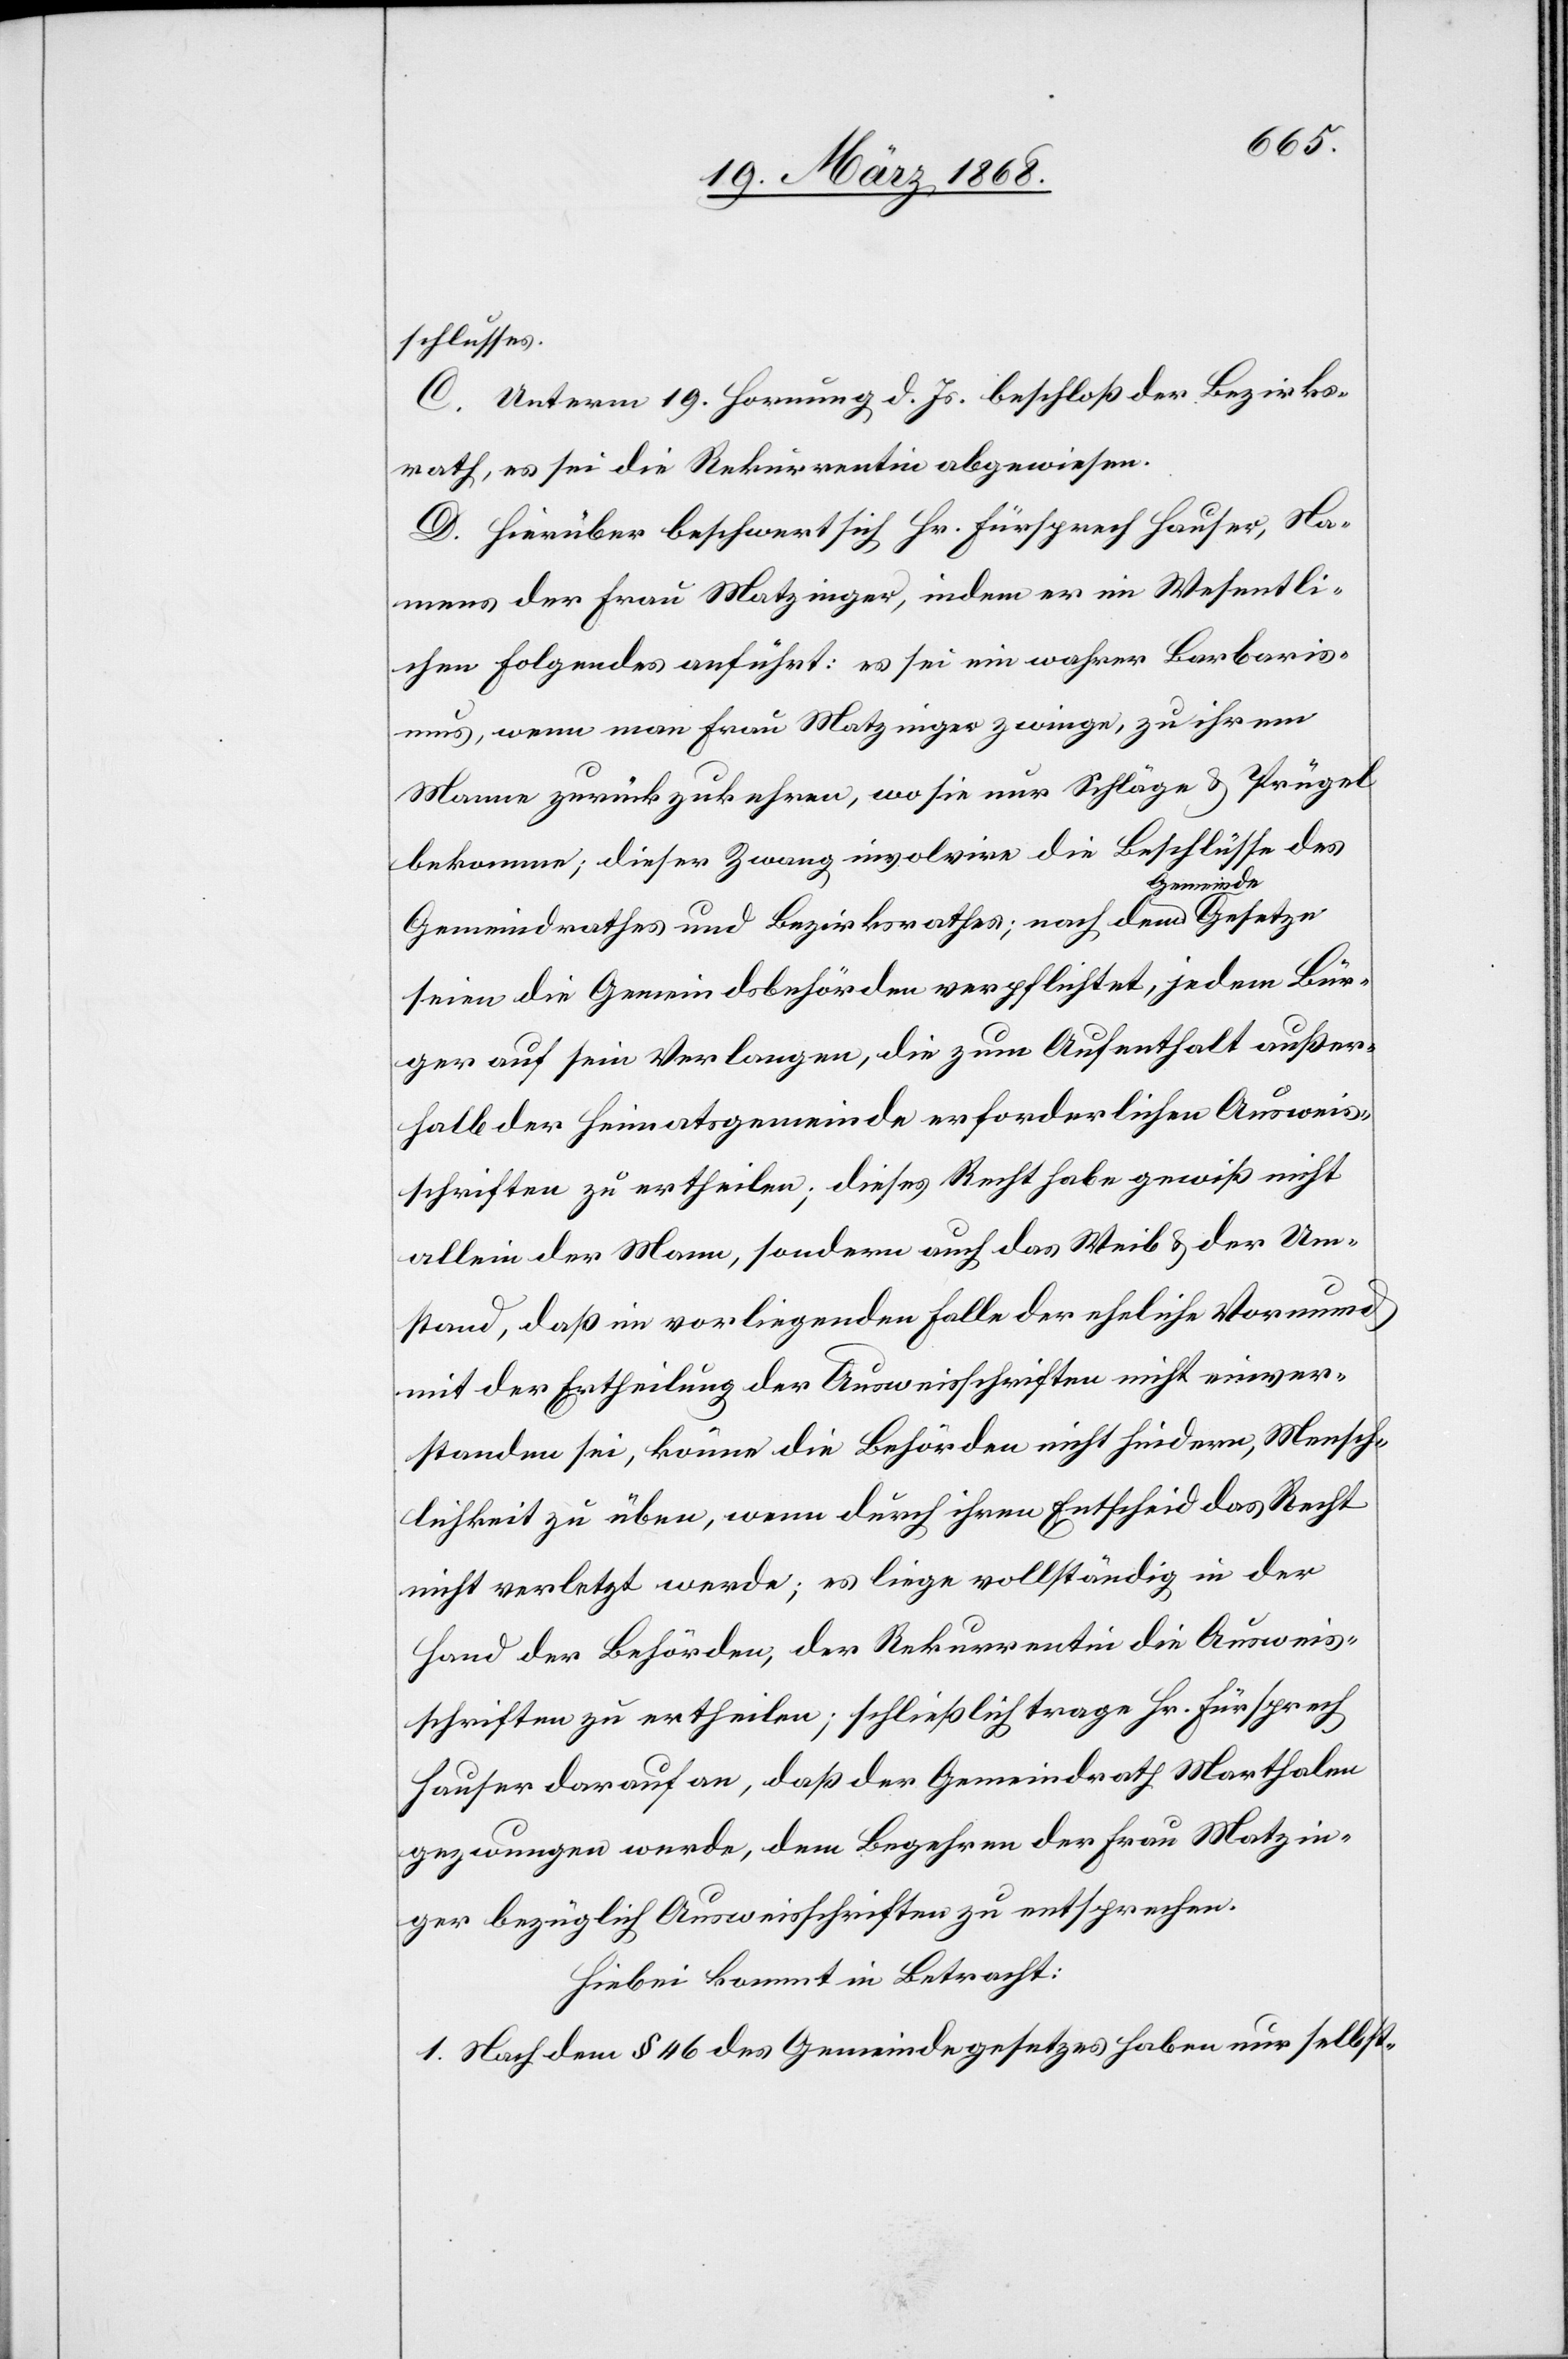
schlusses.
C. Unterm 19. Hornung d. Js. beschloß der Bezirks¬
rath, es sei die Rekurrentin abgewiesen.
D. Hierüber beschwert sich Hr. Fürsprech Hauser, Na¬
mens der Frau Matzinger, indem er im Wesentli¬
chen Folgendes anführt: es sei ein wahrer Barbaris¬
mus, wenn man Frau Matzinger zwinge, zu ihrem
Manne zurückzukehren, wo sie nur Schläge & Prügel
bekomme; dieser Zwang involvire die Beschlüsse des
Gemeindrathes und Bezirksrathes; nach dem Gemeinde[-]Gesetze
seien die Gemeindsbehörden verpflichtet, jedem Bür¬
ger auf sein Verlangen, die zum Aufenthalt außer¬
halb der Heimatsgemeinde erforderlichen Ausweis¬
schriften zu ertheilen; dieses Recht habe gewiß nicht
allein der Mann, sondern auch das Weib & der Um¬
stand, daß im vorliegenden Falle der eheliche Vormund
mit der Ertheilung der Ausweisschriften nicht einver¬
standen sei, könne die Behörden nicht hindern, Mensch¬
lichkeit zu üben, wenn durch ihren Entscheid das Recht
nicht verletzt werde; es liege vollständig in der
Hand der Behörden, der Rekurrentin die Ausweis¬
schriften zu ertheilen; schließlich trage Hr. Fürsprech
Hauser darauf an, daß der Gemeindrath Marthalen
gezwungen werde, dem Begehren der Frau Matzin¬
ger bezüglich Ausweisschriften zu entsprechen.
Hiebei kommt in Betracht:
1. Nach dem § 46 des Gemeindegesetzes haben nur selbst-